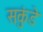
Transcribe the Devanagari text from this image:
सकुंडे